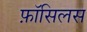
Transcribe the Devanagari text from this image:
फ़ॉसिलस